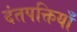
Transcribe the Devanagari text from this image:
दंतपक्तियाँ